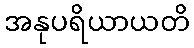
အနုပရိယာယတိ